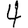
Digit: 4